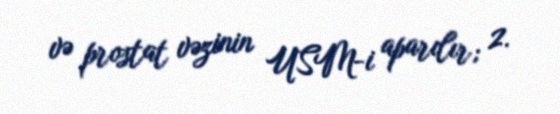
və prostat vəzinin USM-i aparılır; 2.